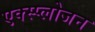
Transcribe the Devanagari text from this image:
एक्स्प्लोजन